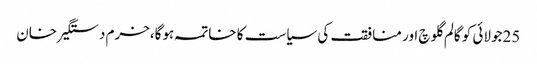
25جولائی کو گالم گلوچ اور منافقت کی سیاست کا خاتمہ ہوگا،خرم دستگیر خان